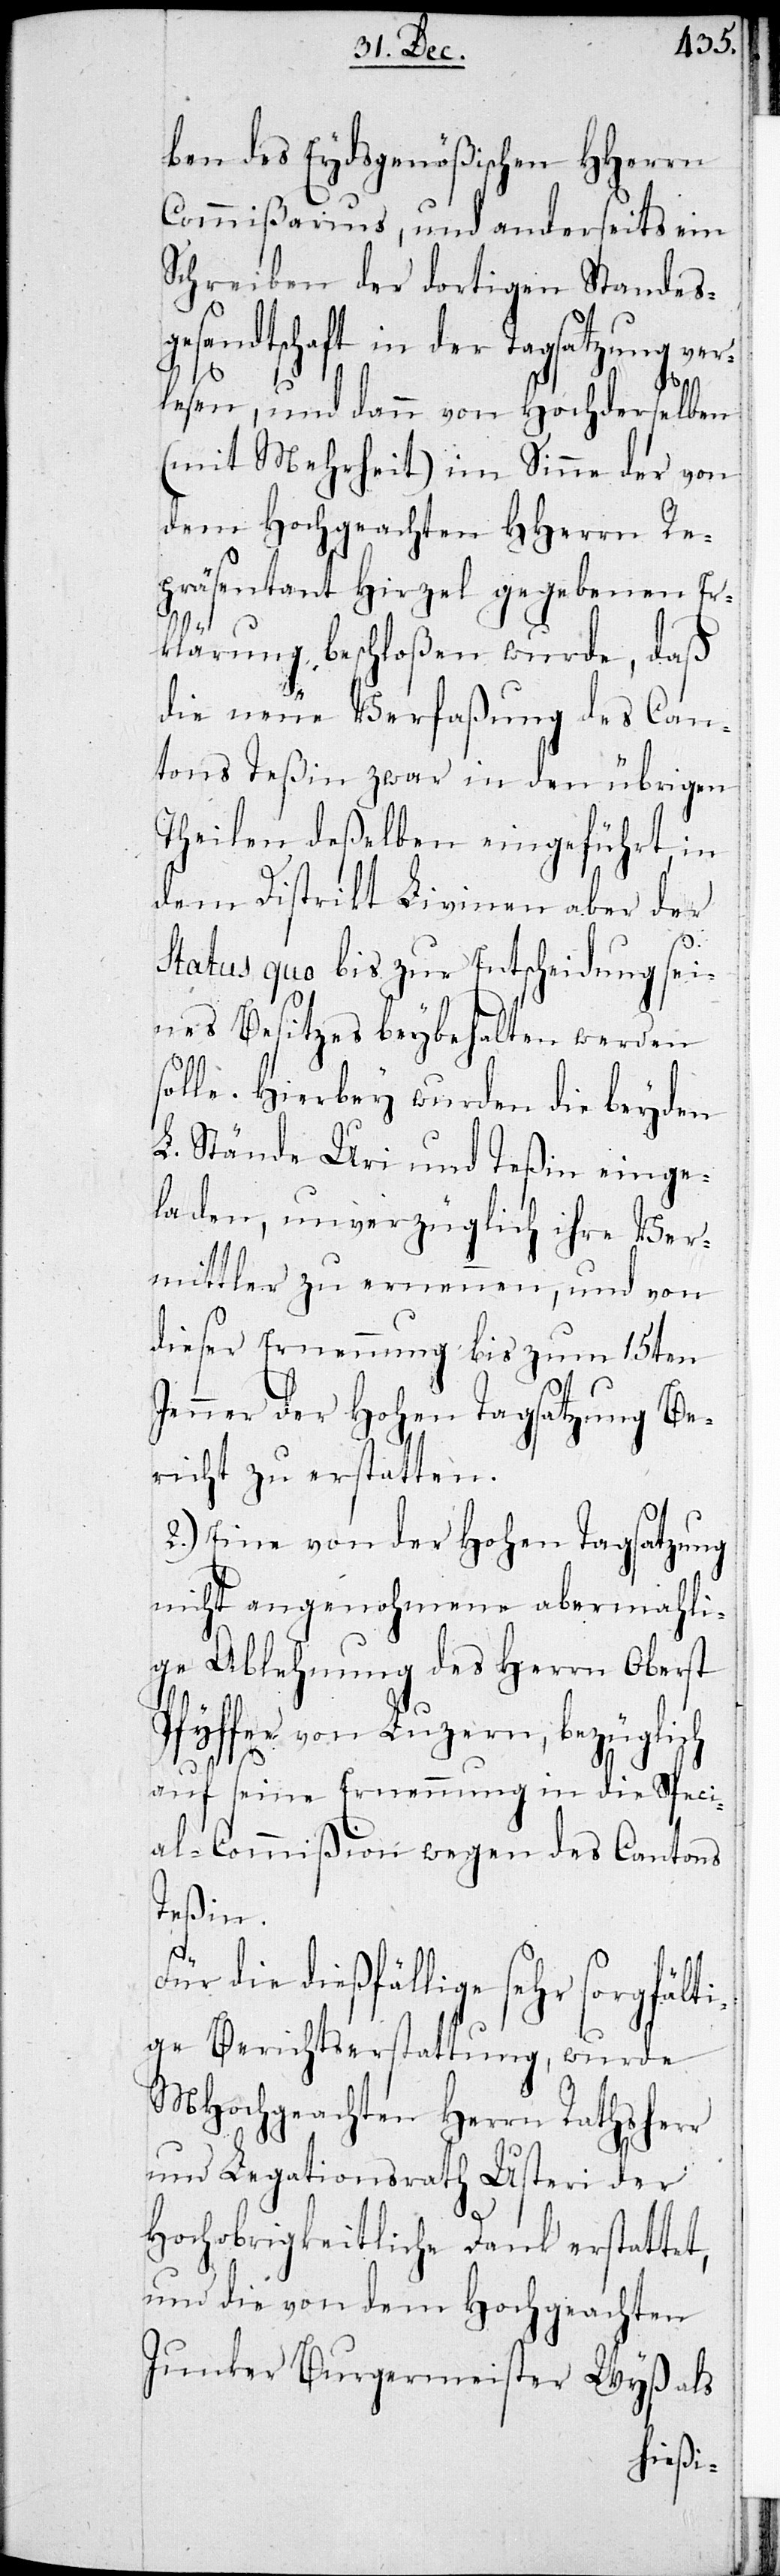
ben des Eydsgenößischen HHerrn
Commißarius, und anderseits ein
Schreiben der dortigen Standes¬
gesandtschaft in der Tagsatzung ver¬
lesen, und dann von Hochderselben
(mit Mehrheit) im Sinne der von
dem Hochgeachten HHerrn Re¬
präsentant Hirzel gegebenen Er¬
klärung, beschloßen wurde, daß
die neue Verfaßung des Can¬
tons Teßin zwar in den übrigen
Theilen deßelben eingeführt, in
dem Distrikt Livinen aber der
s¬
Status Quo bis zur Entscheidung sei¬
nes Besitzes beybehalten werden
olle. Hierbey wurden die beyden
L. Stände Uri und Teßin einge¬
laden, unverzüglich ihre Ver¬
mittler zu ernennen, und von
dieser Ernennung bis zum 15ten
Jenner der Hohen Tagsatzung Be¬
richt zu erstatten.
2.) Eine von der Hohen Tagsatzung
nicht angenohmene abermahli¬
ge Ablehnung des Herrn Oberst
Pfyffer von Luzern, bezüglich
auf seine Ernennung in die Speci¬
al-Commißion wegen des Cantons
Teßin.
Für die dießfällige sehr sorgfälti¬
ge Berichtserstattung, wurde
MHochgeachten Herrn Rathsherr
und Legationsrath Usteri der
Hochobrigkeitliche Dank erstattet,
und die von dem Hochgeachten
Junker Burgermeister Wyß als